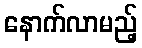
နောက်လာမည့်